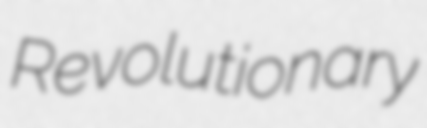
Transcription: Revolutionary